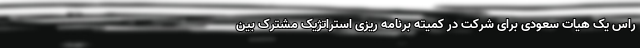
راس یک هیات سعودی برای شرکت در کمیته برنامه ریزی استراتژیک مشترک بین